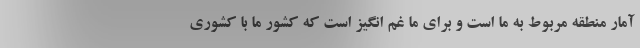
آمار منطقه مربوط به ما است و برای ما غم انگیز است که کشور ما با کشوری